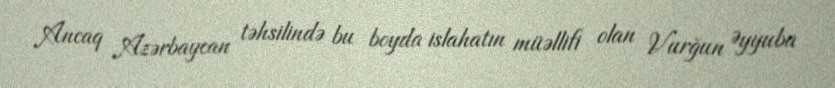
Ancaq Azərbaycan təhsilində bu boyda islahatın müəllifi olan Vurğun Əyyuba